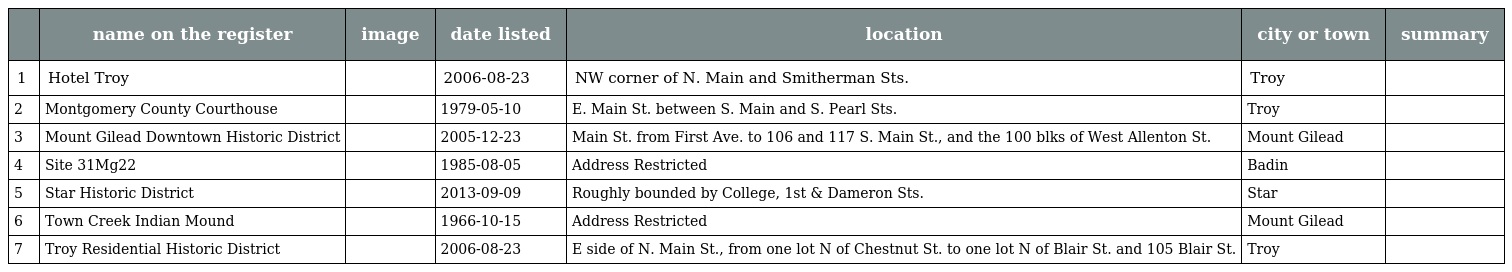
|  | name on the register | image | date listed | location | city or town | summary |
 | --- | --- | --- | --- | --- | --- | --- |
 | 1 | Hotel Troy |  | 2006-08-23 | NW corner of N. Main and Smitherman Sts. | Troy |  |
 | 2 | Montgomery County Courthouse |  | 1979-05-10 | E. Main St. between S. Main and S. Pearl Sts. | Troy |  |
 | 3 | Mount Gilead Downtown Historic District |  | 2005-12-23 | Main St. from First Ave. to 106 and 117 S. Main St., and the 100 blks of West Allenton St. | Mount Gilead |  |
 | 4 | Site 31Mg22 |  | 1985-08-05 | Address Restricted | Badin |  |
 | 5 | Star Historic District |  | 2013-09-09 | Roughly bounded by College, 1st & Dameron Sts. | Star |  |
 | 6 | Town Creek Indian Mound |  | 1966-10-15 | Address Restricted | Mount Gilead |  |
 | 7 | Troy Residential Historic District |  | 2006-08-23 | E side of N. Main St., from one lot N of Chestnut St. to one lot N of Blair St. and 105 Blair St. | Troy |  |